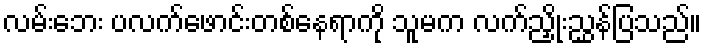
လမ်းဘေး ပလက်ဖောင်းတစ်နေရာကို သူမက လက်ညှိုးညွှန်ပြသည်။